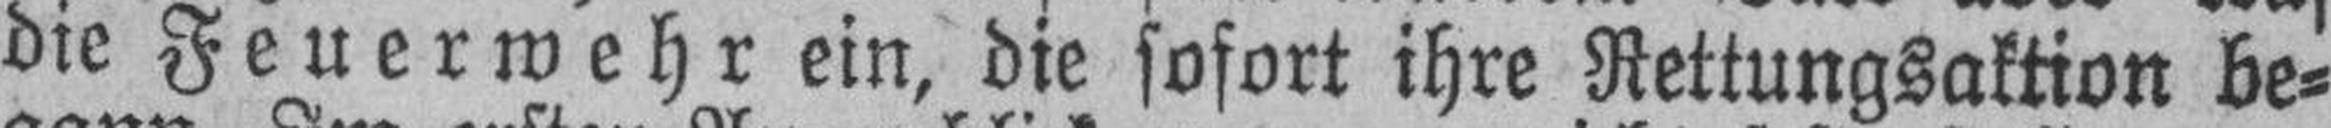
die Feuerwehr ein, die sofort ihre Rettungsaktion be¬